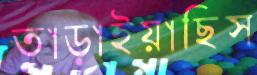
তাড়াইয়াছিস